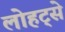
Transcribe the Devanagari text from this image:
लोहट्से